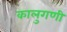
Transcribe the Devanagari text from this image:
कालुगणी